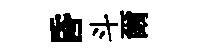
昏斗爾